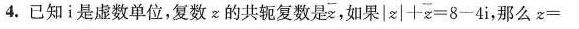
4. 已知i是虚数单位，复数=的共轭复数是 $$\overline{z}$$ 如果|z|+z=8-4i，那么z=